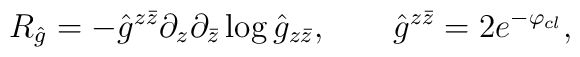
R_{\hat g}=-{\hat g}^{z\bar z}\partial_z\partial_{\bar z}\log {\hat g}_{z\bar z},\qquad \hat g^{z\bar z}=2e^{-\varphi_{cl}},